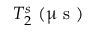
T _ { 2 } ^ { s } ~ ( \upmu \mathrm { ~ s ~ } )